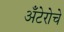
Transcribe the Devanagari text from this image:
अँटेरोचे